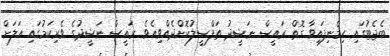
ބެޖެޓުގައި ހިމެނިފައިވާ ގޮތް ރައީސް ނަޝީދު ތަފްޞީލުކޮށްދެއްވިއެވެ. ރައީސް ނަޝީދުގެ ވެރިކަމުގައި އަލަށް